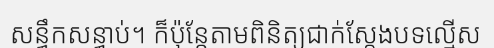
សន្ធឹកសន្ធាប់។ ក៏ប៉ុន្តែតាមពិនិត្យជាក់ស្តែងបទល្មើស